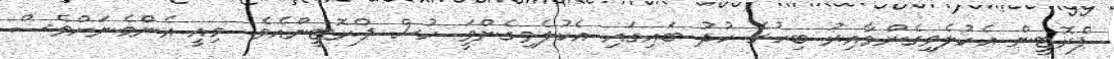
ޕްރޮޓީން އެކުލެވިގެންވާއިރު ބިހުގެ ހުދު ބައިގައި އެކުލެވިގެންވަީ ހުސް ޕްރޮޓީންއެވެ. މިއީ އެންމެނަށްވެސް